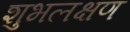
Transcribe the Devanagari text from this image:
शुभलक्षण